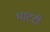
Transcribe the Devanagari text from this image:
भाटटी